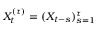
X _ { t } ^ { ( \tau ) } = ( X _ { t - s } ) _ { s = 1 } ^ { \tau }